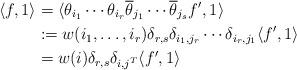
LaTeX: \begin{align*}\langle f , 1 \rangle &= \langle \theta_{i_1} \cdots \theta_{i_r} \overline{\theta}_{j_1} \cdots \overline{\theta}_{j_s} f^\prime, 1 \rangle\\&:= w (i_1, \dots, i_r) \delta_{r,s} \delta_{i_1, j_r} \cdots \delta_{i_r, j_1} \langle f^\prime , 1 \rangle \\&= w(i) \delta_{r,s} \delta_{i,j^T} \langle f^\prime , 1 \rangle\end{align*}